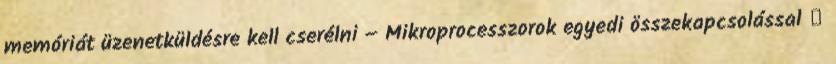
memóriát üzenetküldésre kell cserélni – Mikroprocesszorok egyedi összekapcsolással ●